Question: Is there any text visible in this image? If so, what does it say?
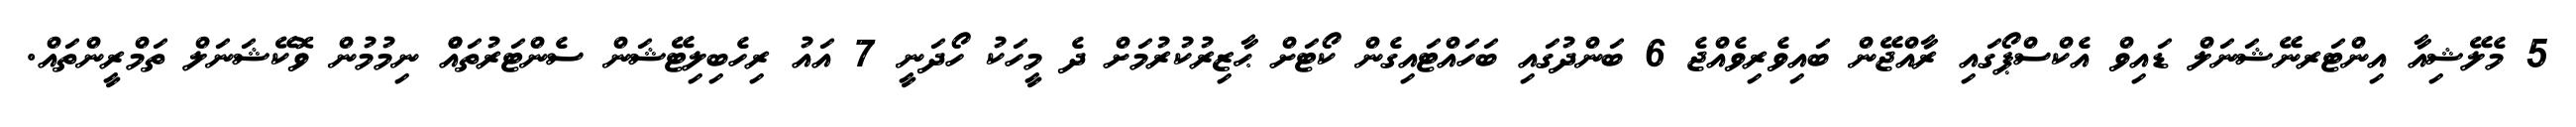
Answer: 5 މެލޭޝިއާ އިންޓަރނޭޝަނަލް ޑައިވް އެކްސްޕޯގައި ރާއްޖޭން ބައިވެރިވެއްޖެ 6 ބަންދުގައި ބަހައްޓައިގެން ކޯޓަށް ޙާޒިރުކުރުމަށް ދެ މީހަކު ހޯދަނީ 7 އައު ރިހެބިލިޓޭޝަން ސެންޓަރުތައްް ނިމުމުން ވޮކޭޝަނަލް ތަމްރީންތައް.